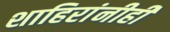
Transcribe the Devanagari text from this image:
शाहिरांनीही